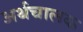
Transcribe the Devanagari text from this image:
अर्थचालक